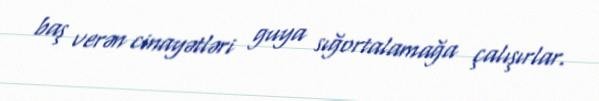
baş verən cinayətləri guya sığortalamağa çalışırlar.